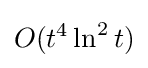
O(t^{4}\ln ^{2}t)